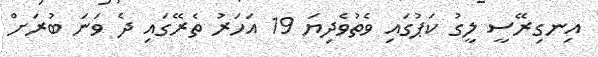
އިނގިރޭސީ ލީގު ކަޕުގައި ވެތުވެދިޔަ 19 އަހަރު ތެރޭގައި ދެ ވަނަ ބުރަށް